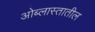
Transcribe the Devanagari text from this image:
ओब्लास्तातील